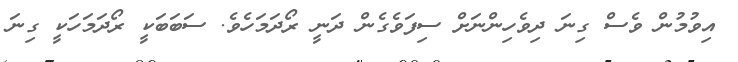
އިވުމުން ވެސް ގިނަ ދިވެހިންނަށް ސިފަވެގެން ދަނީ ރޯދަމަހެެވެ. ސަބަބަކީ ރޯދަމަހަކީ ގިނަ